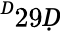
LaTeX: ^Ḋ29Ḍ